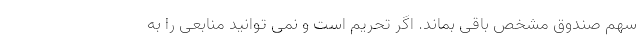
سهم صندوق مشخص باقی بماند. اگر تحریم است و نمی توانید منابعی را به